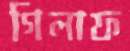
গিলাফ